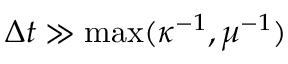
\Delta t \gg \operatorname* { m a x } ( \kappa ^ { - 1 } , \mu ^ { - 1 } )